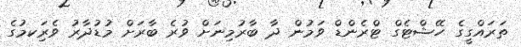
ތަރައްގީގެ ހޭޝްޓެގް ޓްރެންޑް ވަމުން ދާ ބާރުމިނަށް ވުރެ ބާރަށް މުޑުދާރު ވެރިަކމުގެ